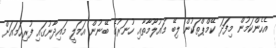
އެހެންކަމުން މިފަަދަ ކޭމްޕްތަކުން ލިބޭ މައުލޫމާތާއި ހުނަރުގެ ބޭނުން އަމަލީ މައިދާނުގައި ފުރިހަމައަށް